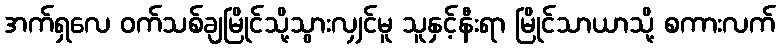
အက်ရှလေ ဝက်သစ်ချမြိုင်သို့သွားလျှင်မူ သူနှင့်နီးရာ မြိုင်သာယာသို့ စကားလက်